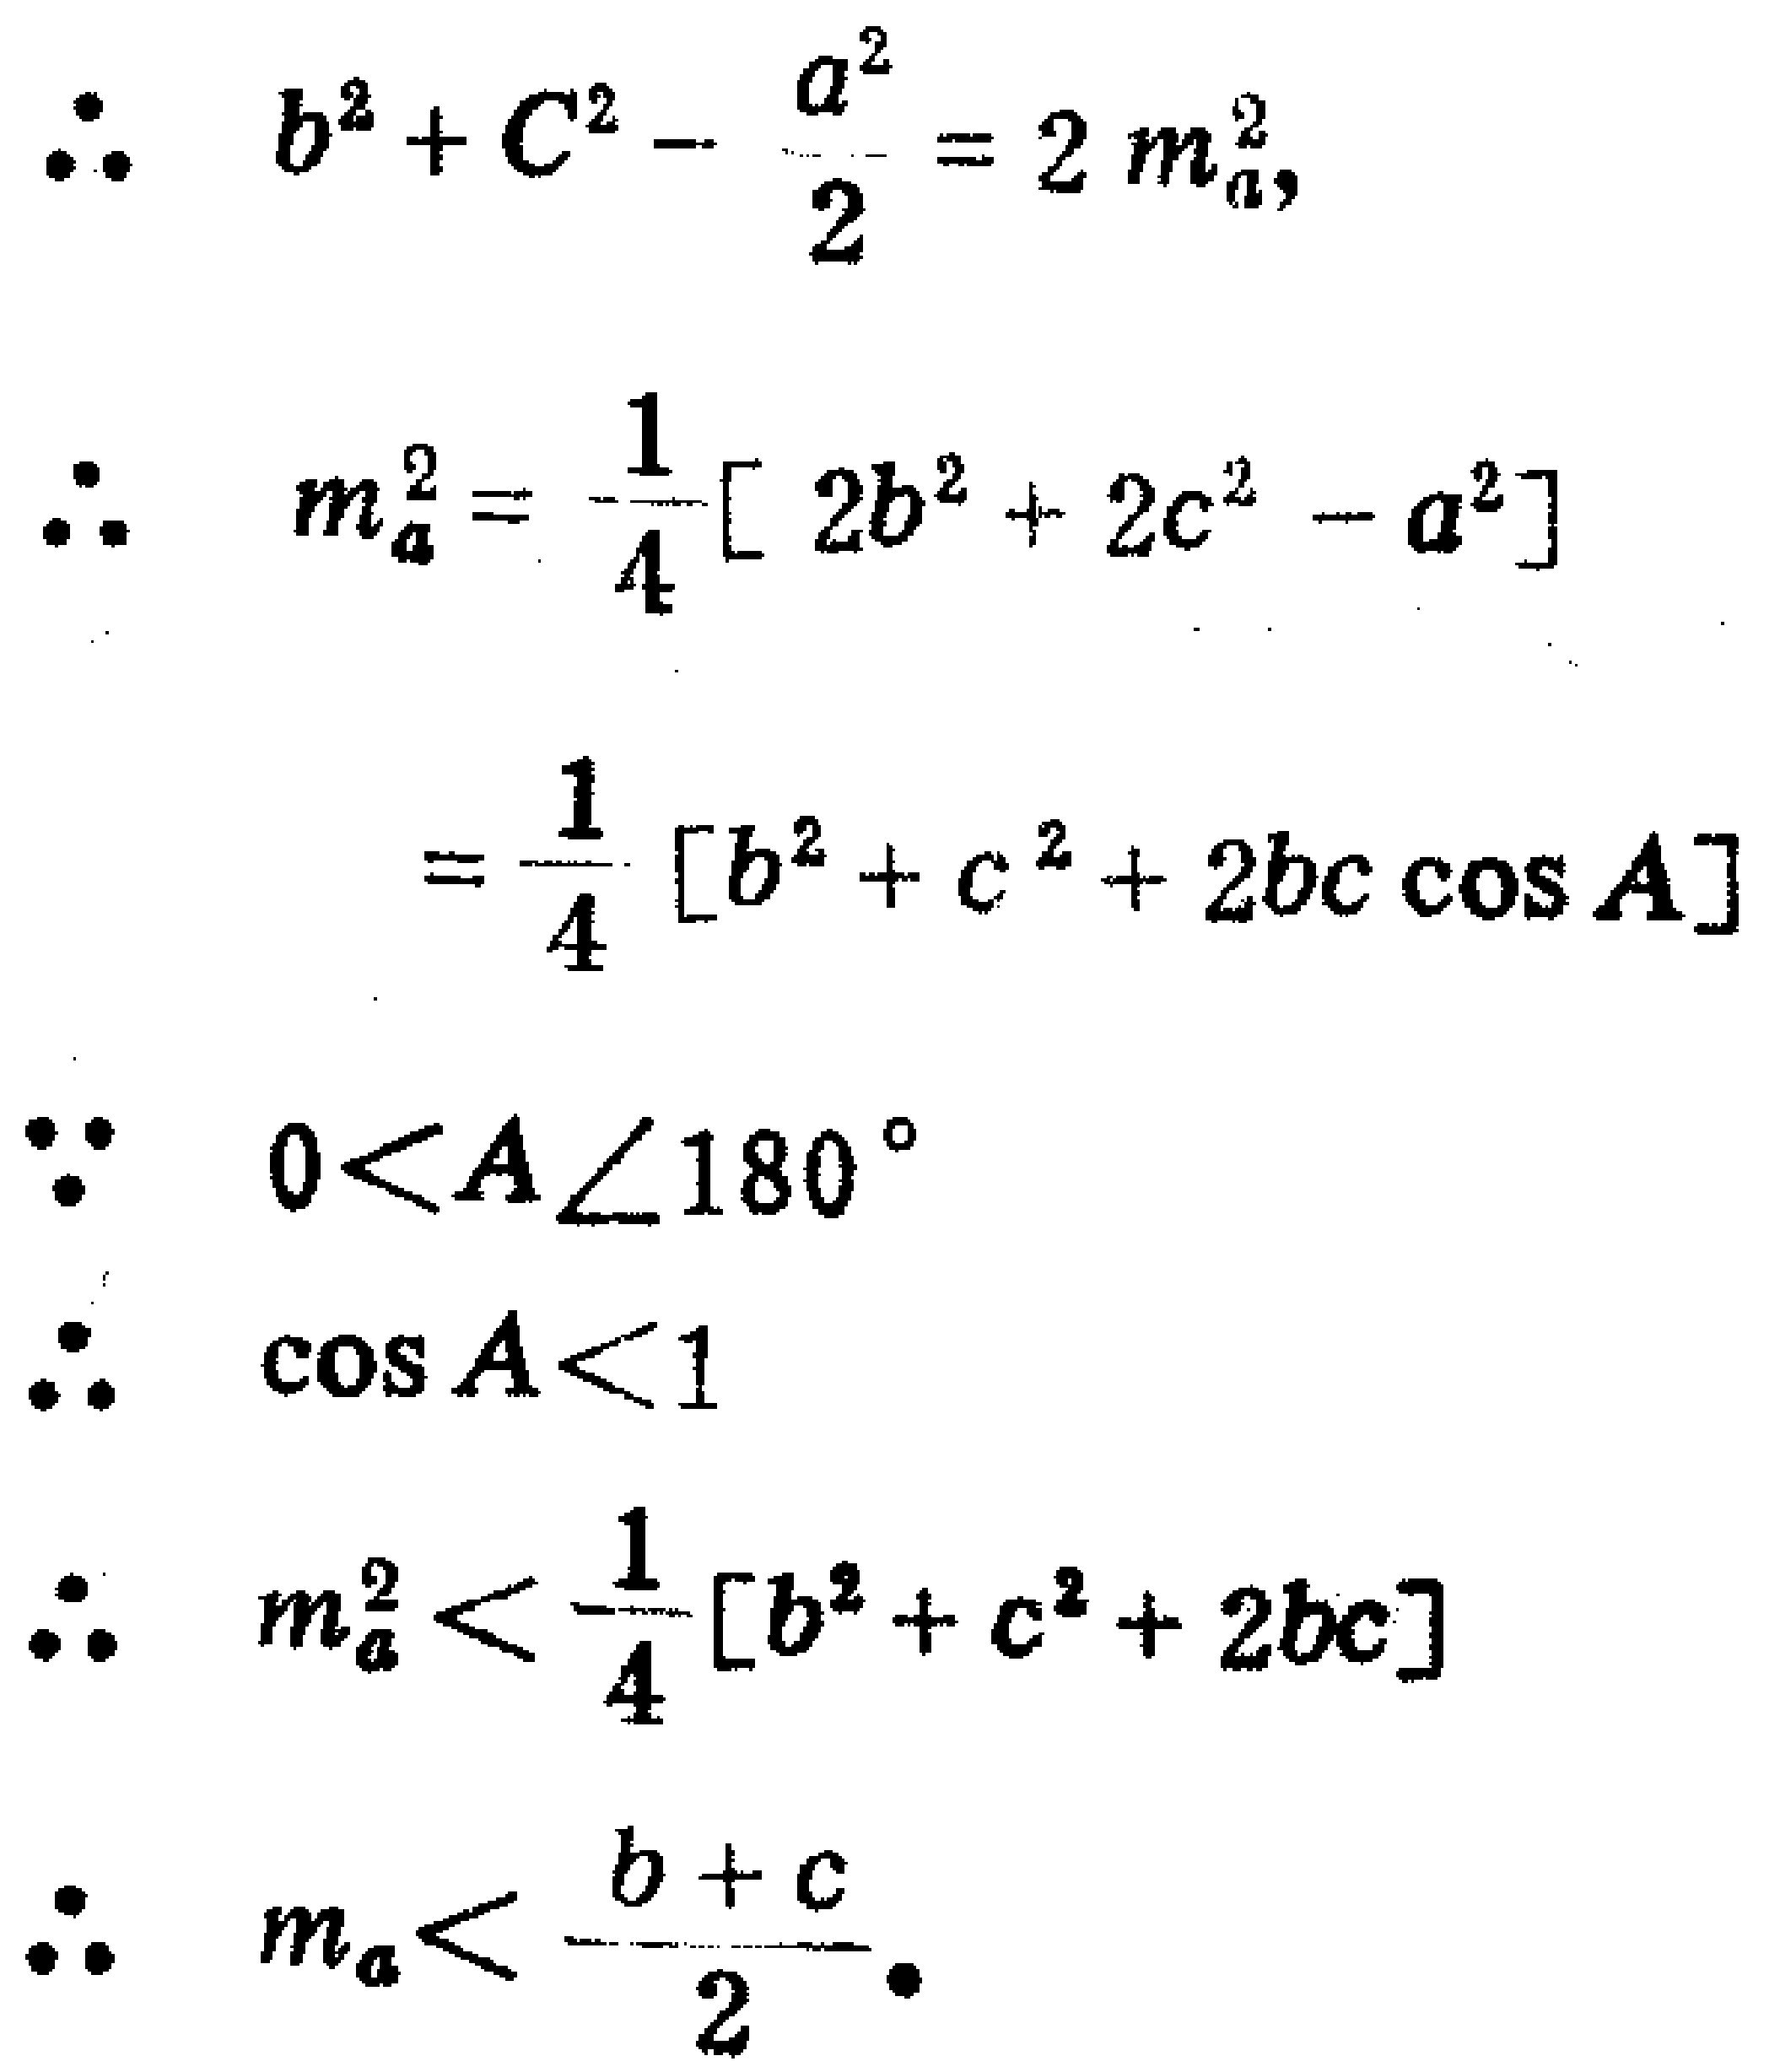
\begin{align*}
\therefore\quad &b^{2}+c^{2}-\frac{a^{2}}{2}=2m_{a}^{2},\\
\therefore\quad &m_{a}^{2}=\frac{1}{4}[2b^{2}+2c^{2}-a^{2}]\\
&=\frac{1}{4}[b^{2}+c^{2}+2bc\cos A]\\
\because\quad &0 < A < 180^{\circ}\\
\therefore\quad &\cos A<1\\
\therefore\quad &m_{a}^{2}<\frac{1}{4}[b^{2}+c^{2}+2bc]\\
\therefore\quad &m_{a}<\frac{b + c}{2}.
\end{align*}